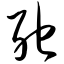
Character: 弛